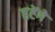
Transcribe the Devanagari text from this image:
हटेंगे